NAE_EAA_P-553_Koit_kolhoos, lk 7
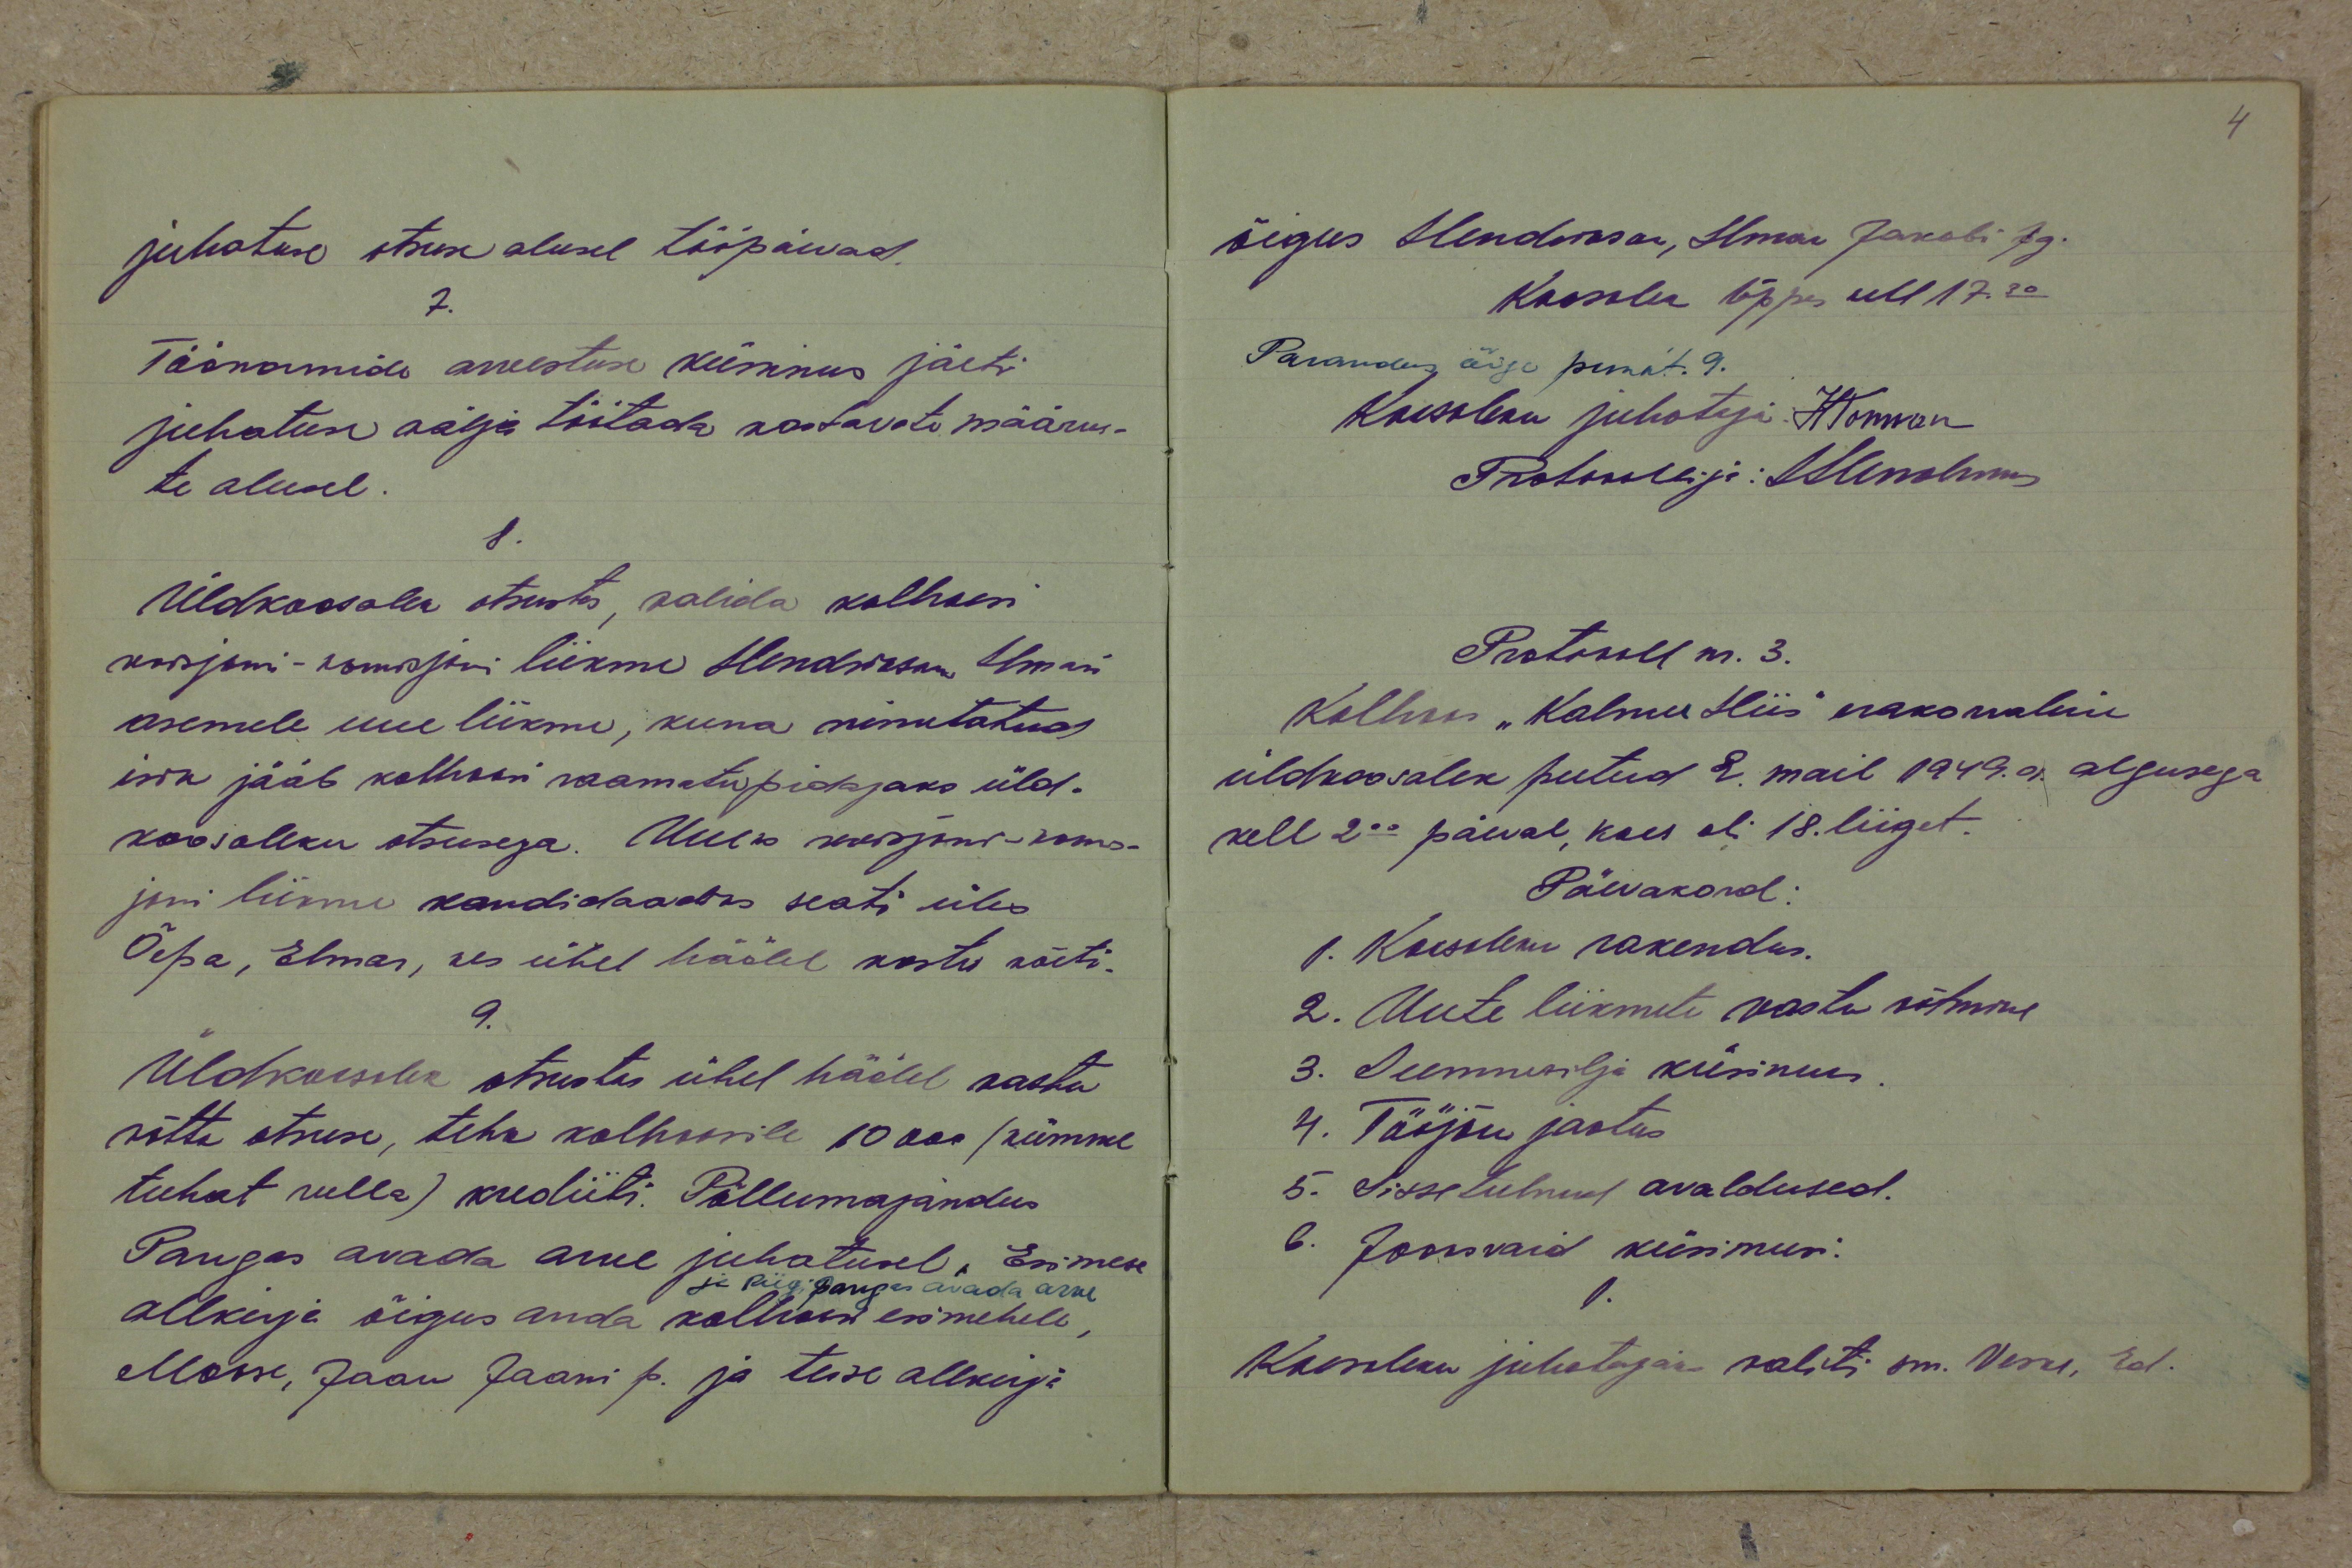
juhatuse otsuse alusel tööpäevad.
7.
Töönormide arvestuse küsimus jäeti
juhatuse välja töötada vastavate määrus-
te alusel.
8.
Üldkoosolek otsustas, valida kolhoosi
revisjoni-komisjoni liikme Hendrikson Ilmari
asemele uue liikme, kuna nimetatud
isik jääb kolhoosi raamatupidajaks üld-
koosoleku otsusega. Uueks revisjoni-komis-
joni liikme kandidaadiks seati üles
Õepa, Elmar, kes ühel häälel vastu võeti.
9.
Üldkoosolek otsustas ühel häälel vastu
võtta otsuse, teha kolhoosile 10000 (kümme
tuhat rubla) krediiti. Põllumajandus
Pangas avada arvee juhatusel. Esimese
ja Riigipangas avada arve
allkirja õigus anda kolhoosi esimehele,
Moose, Jaan Jaani p. ja teise allkirja

õigus Hendrikson, Imar Jakobi pg.
Koosolek lõppes kell 17.30
Parandus õige punkt. 9.
Koosoleku juhataja HTomson
Protokollija: IHendrikson
Protokoll nr. 3.
Kollis "Kalmu Hiis" erakorraline
üldkoosolek peetud 2. mail 1949. a. algusega
kell 2.00 päeval, koos oli 18. liiget.
Päevakord:
1. Koosoleku rakendus.
2. Uute liikmete vastu võtmine
3. Seemvilja küsimus
4. Tööjõu jaotus
5. Sissetulnud avaldused.
6. Jooksvaid küsimusi:
1.
Koosoleku juhatajaks valiti sm. Veske, Ed.